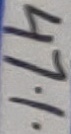
Text: 47%